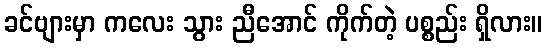
ခင်ဗျားမှာ ကလေး သွား ညီအောင် ကိုက်တဲ့ ပစ္စည်း ရှိလား။